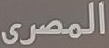
المصرى